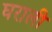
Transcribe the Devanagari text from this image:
घराली